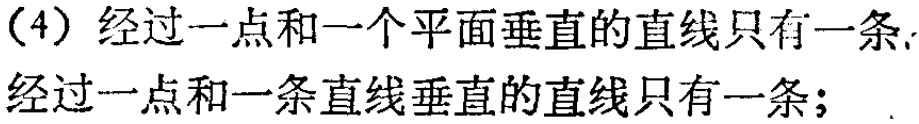
（4）经过一点和一个平面垂直的直线只有一条. 经过一点和一条直线垂直的直线只有一条；